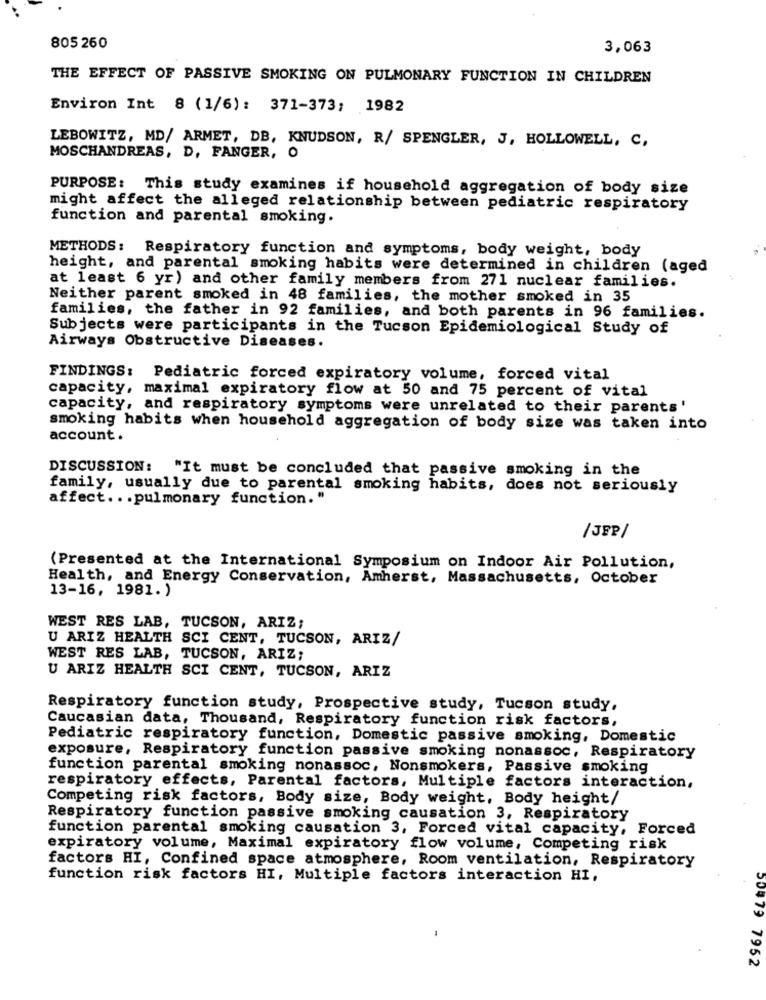
805 260
3,063
THE EFFECT OF PASSIVE SMOKING ON PULMONARY FUNCTION IN CHILDREN
Environ Int 8 (1/6): 371-373; 1982
LEBOWITZ, MD/ ARMET, DB, KNUDSON, R/ SPENGLER, J, HOLLOWELL, C,
MOSCHANDREAS, D, FANGER, O
PURPOSE: This study examines if household aggregation of body size
might affect the alleged relationship between pediatric respiratory
function and parental smoking.
METHODS: Respiratory function and symptoms, body weight, body
height, and parental smoking habits were determined in children (aged
at least 6 yr) and other family members from 271 nuclear families.
Neither parent smoked in 48 families, the mother smoked in 35
families, the father in 92 families, and both parents in 96 families.
Subjects were participants in the Tucson Epidemiological Study of
Airways Obstructive Diseases.
FINDINGS: Pediatric forced expiratory volume, forced vital
capacity, maximal expiratory flow at 50 and 75 percent of vital
capacity, and respiratory symptoms were unrelated to their parents'
smoking habits when household aggregation of body size was taken into
account.
DISCUSSION: "It must be concluded that passive smoking in the
family, usually due to parental smoking habits, does not seriously
affect ... pulmonary function."
/JEP/
(Presented at the International Symposium on Indoor Air Pollution,
Health, and Energy Conservation, Amherst, Massachusetts, October
13-16, 1981. )
WEST RES LAB, TUCSON, ARIZ;
U ARIZ HEALTH SCI CENT, TUCSON, ARIZ/
WEST RES LAB, TUCSON, ARIZ;
U ARIZ HEALTH SCI CENT, TUCSON, ARIZ
Respiratory function study, Prospective study, Tucson study,
Caucasian data, Thousand, Respiratory function risk factors,
Pediatric respiratory function, Domestic passive smoking, Domestic
exposure, Respiratory function passive smoking nonassoc, Respiratory
function parental smoking nonassoc, Nonsmokers, Passive smoking
respiratory effects, Parental factors, Multiple factors interaction,
Competing risk factors, Body size, Body weight, Body height/
Respiratory function passive smoking causation 3, Respiratory
function parental smoking causation 3, Forced vital capacity, Forced
expiratory volume, Maximal expiratory flow volume, Competing risk
factors HI, Confined space atmosphere, Room ventilation, Respiratory
function risk factors HI, Multiple factors interaction HI,
50479 7952